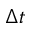
\Delta t